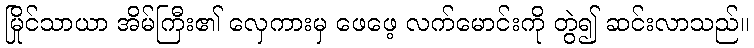
မြိုင်သာယာ အိမ်ကြီး၏ လှေကားမှ ဖေဖေ့ လက်မောင်းကို တွဲ၍ ဆင်းလာသည်။